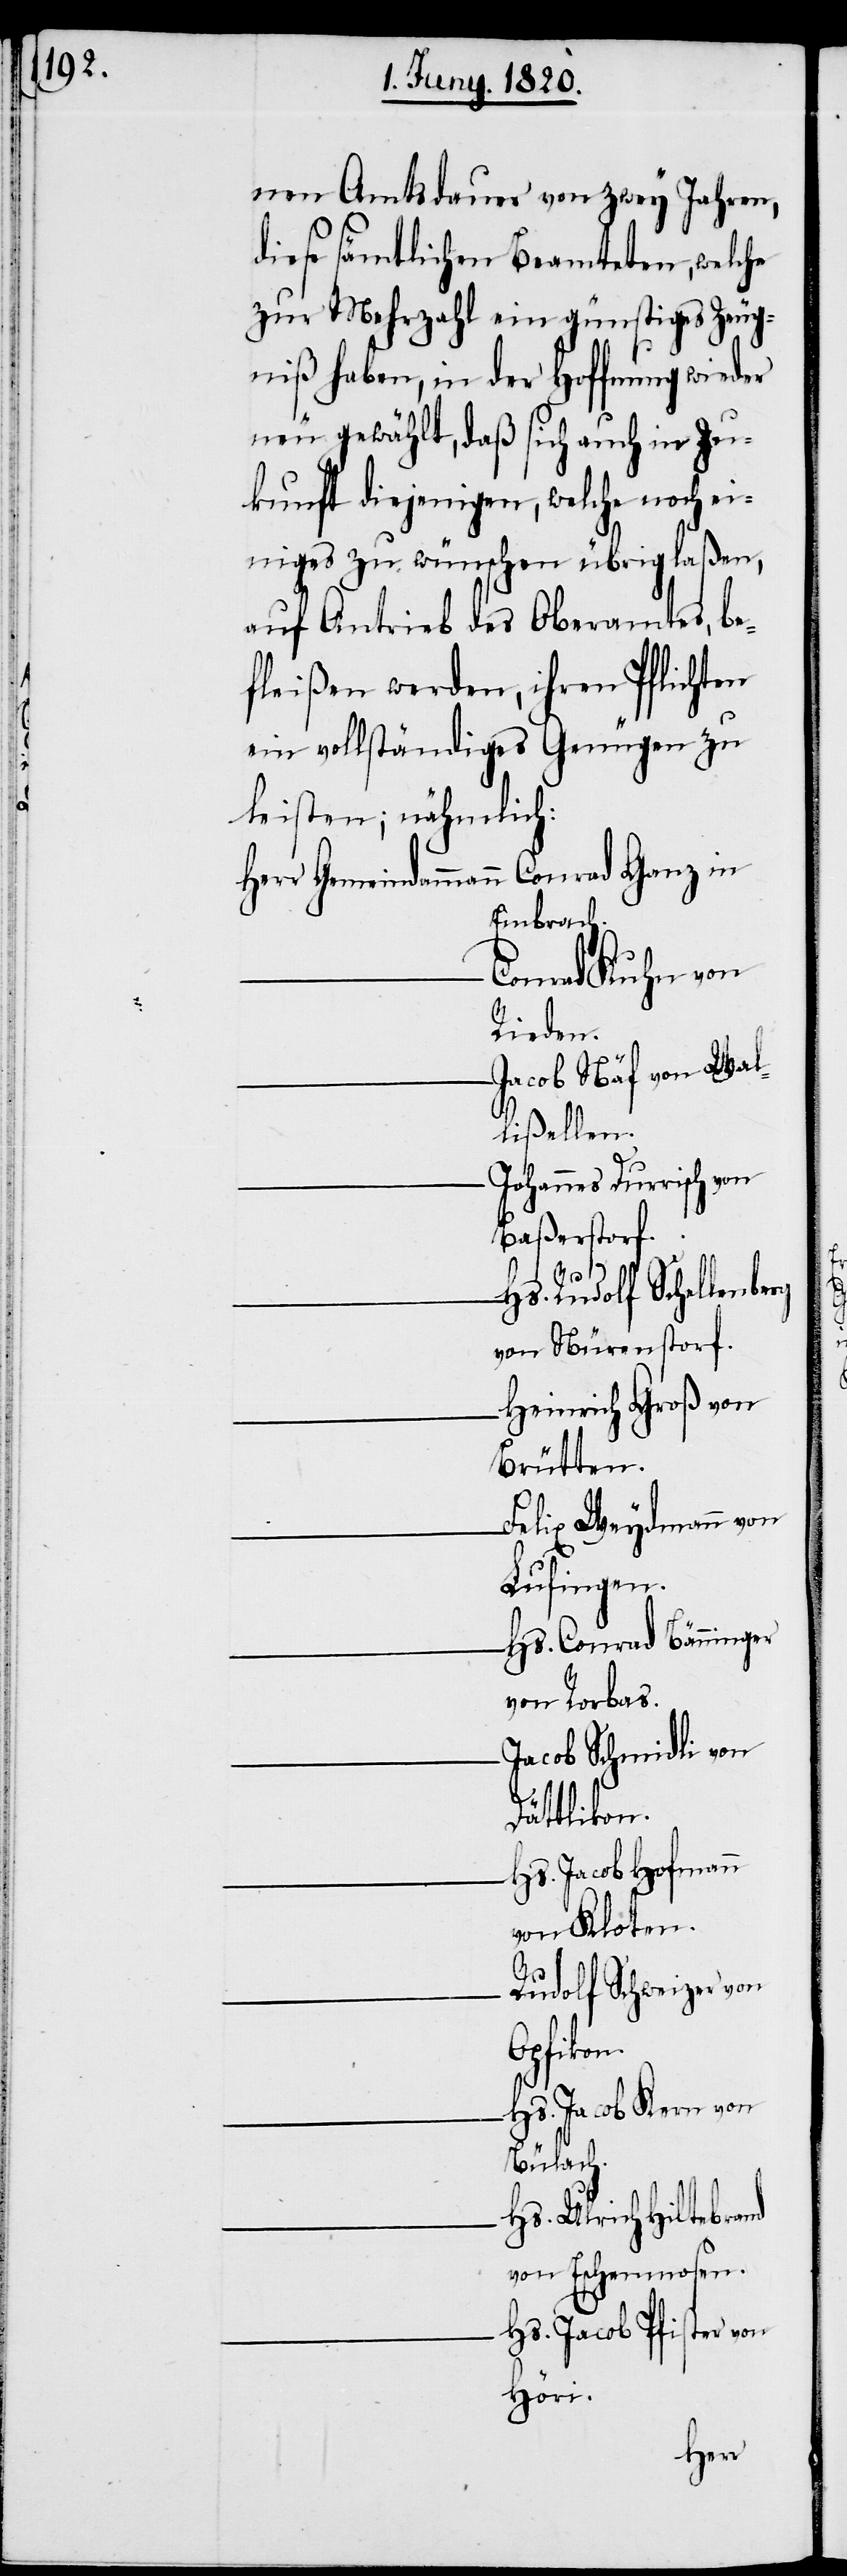
nen Amtsdauer von zwey Jahren,
diese sämtlichen Beamteten, welche
zur Mehrzahl ein günstiges Zeug¬
niß haben, in der Hoffnung wieder
neu gewählt, daß sich auch in Zu¬
kunft diejenigen, welche noch ei¬
niges zu wünschen übrig laßen,
auf Antrieb des Oberamtes, be¬
fleißen werden, ihren
ein vollständiges Genügen zu
leisten; nähmlich:
n.
Herr Gemeindammann	Conrad
Embrach.
nes
Durrisch
Rieden.
Wal¬
Groß
lißelle¬
von
Johan¬
Baßerstorf.
Hans Rudolf Schellenberg
von Nürenstorf.
Heinrich
Brütten.
Felix Weydmann von
Lufingen.
Hs. Conrad Bänninger
von Rorbas.
Jacob Schmidli von
Dättlikon.
fmann
Hs. Jacob Ho¬
von Kloten.
Rudolf Schweizer von
Hs. Jacob Kern von
Bülach.
Hs. Ulrich Hiltebrand
von Eschenmosen.
Hs. Jacob Pfister von
Höri.